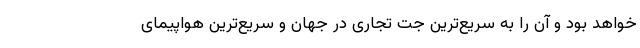
خواهد بود و آن را به سریع‌ترین جت تجاری در جهان و سریع‌ترین هواپیمای